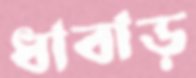
ধাবাড়